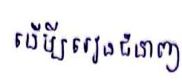
ដើម្បីរៀនជំនាញ